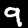
Label: 9